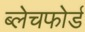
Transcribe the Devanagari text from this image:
ब्लेचफोर्ड